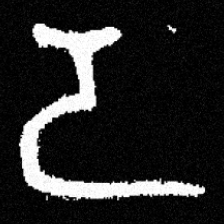
Pyu character \u2014 Myanmar letter: ဒ (romanized: da)